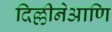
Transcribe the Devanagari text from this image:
दिल्लीनेआणि